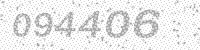
Solution: 094406